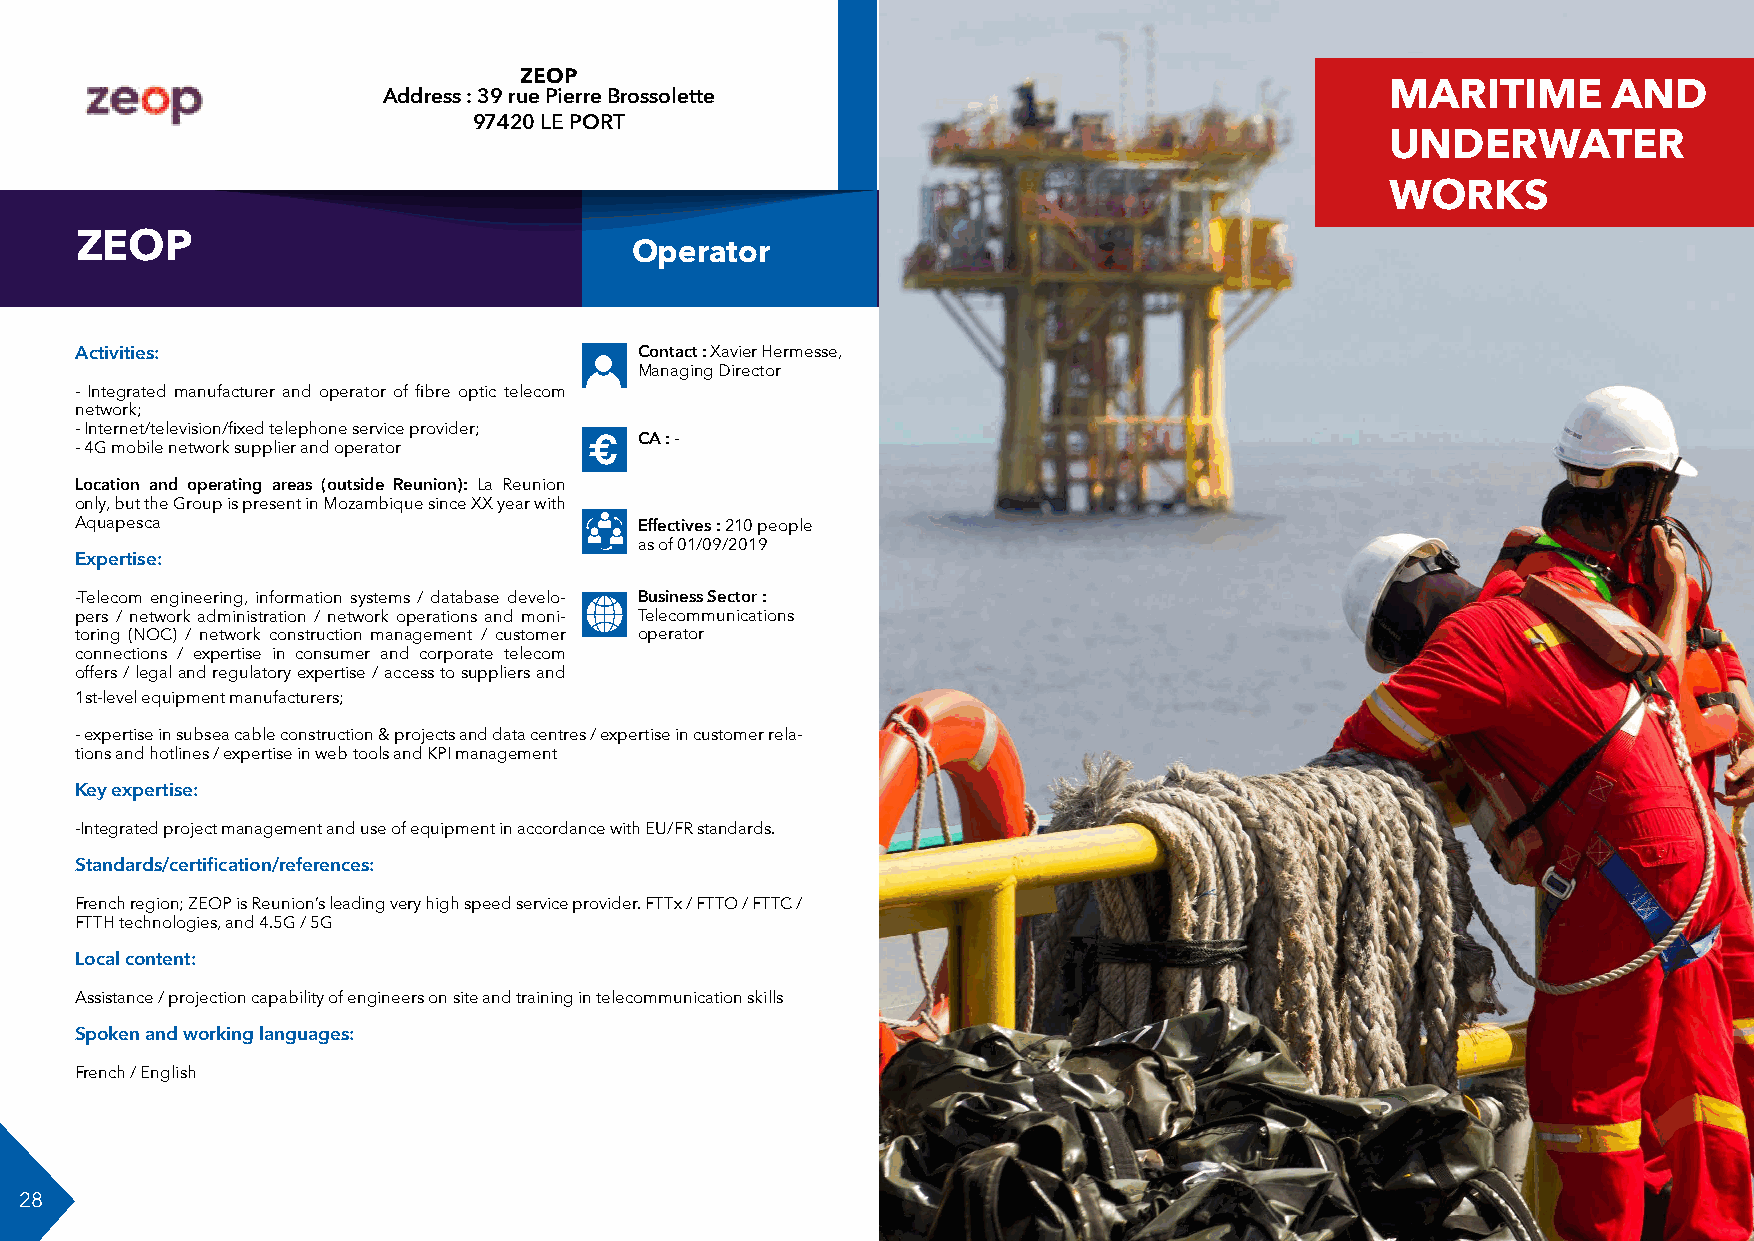
ZEOP
 Address : 39 rue Pierre Brossolette                                MARITIME       AND
 97420 LE PORT
 FORMATION
 UNDERWATER
 WORKS
 ZEOP
 Operator
 Activities:                          Contact : Xavier Hermesse,
 Managing Director
 - Integrated manufacturer and operator of fibre optic telecom            SURVEILANCE MA-
 network;
 RINE
 - Internet/television/fixed telephone service provider;
 CA : -
 - 4G mobile network supplier and operator €
 Location and operating areas (outside Reunion): La Reunion
 only, but the Group is present in Mozambique since XX year with
 Aquapesca                            Effectives : 210 people
 as of 01/09/2019
 Expertise:
 -Telecom engineering, information systems / database develo- Business Sector :
 pers / network administration / network operations and moni- Telecommunications
 toring (NOC) / network construction management / customer operator
 connections / expertise in consumer and corporate telecom
 offers / legal and regulatory expertise / access to suppliers and
 1st-level equipment manufacturers;
 - expertise in subsea cable construction & projects and data centres / expertise in customer rela-
 tions and hotlines / expertise in web tools and KPI management
 Key expertise:
 -Integrated project management and use of equipment in accordance with EU/FR standards.
 Standards/certification/references:
 French region; ZEOP is Reunion’s leading very high speed service provider. FTTx / FTTO / FTTC /
 FTTH technologies, and 4.5G / 5G
 Local content:
 Assistance / projection capability of engineers on site and training in telecommunication skills
 Spoken and working languages:
 French / English
 28                                                                                                              29